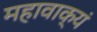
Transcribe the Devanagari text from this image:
महावाक्यं